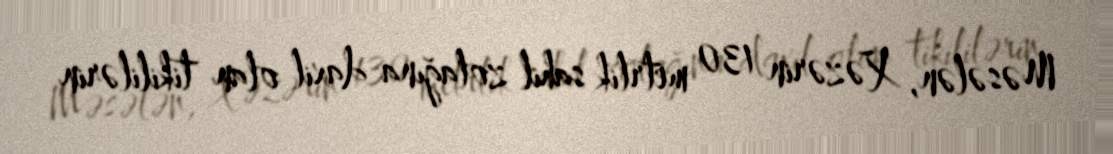
Məsələn, Xəzərin 130 metrlik sahil zolağına daxil olan tikililərin